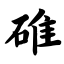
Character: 碓